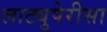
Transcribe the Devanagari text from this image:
लाट्युपेरीसा